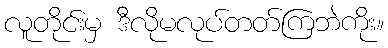
လူတိုင်းမှ ဒီလိုမလုပ်တတ်ကြဘဲကိုး။